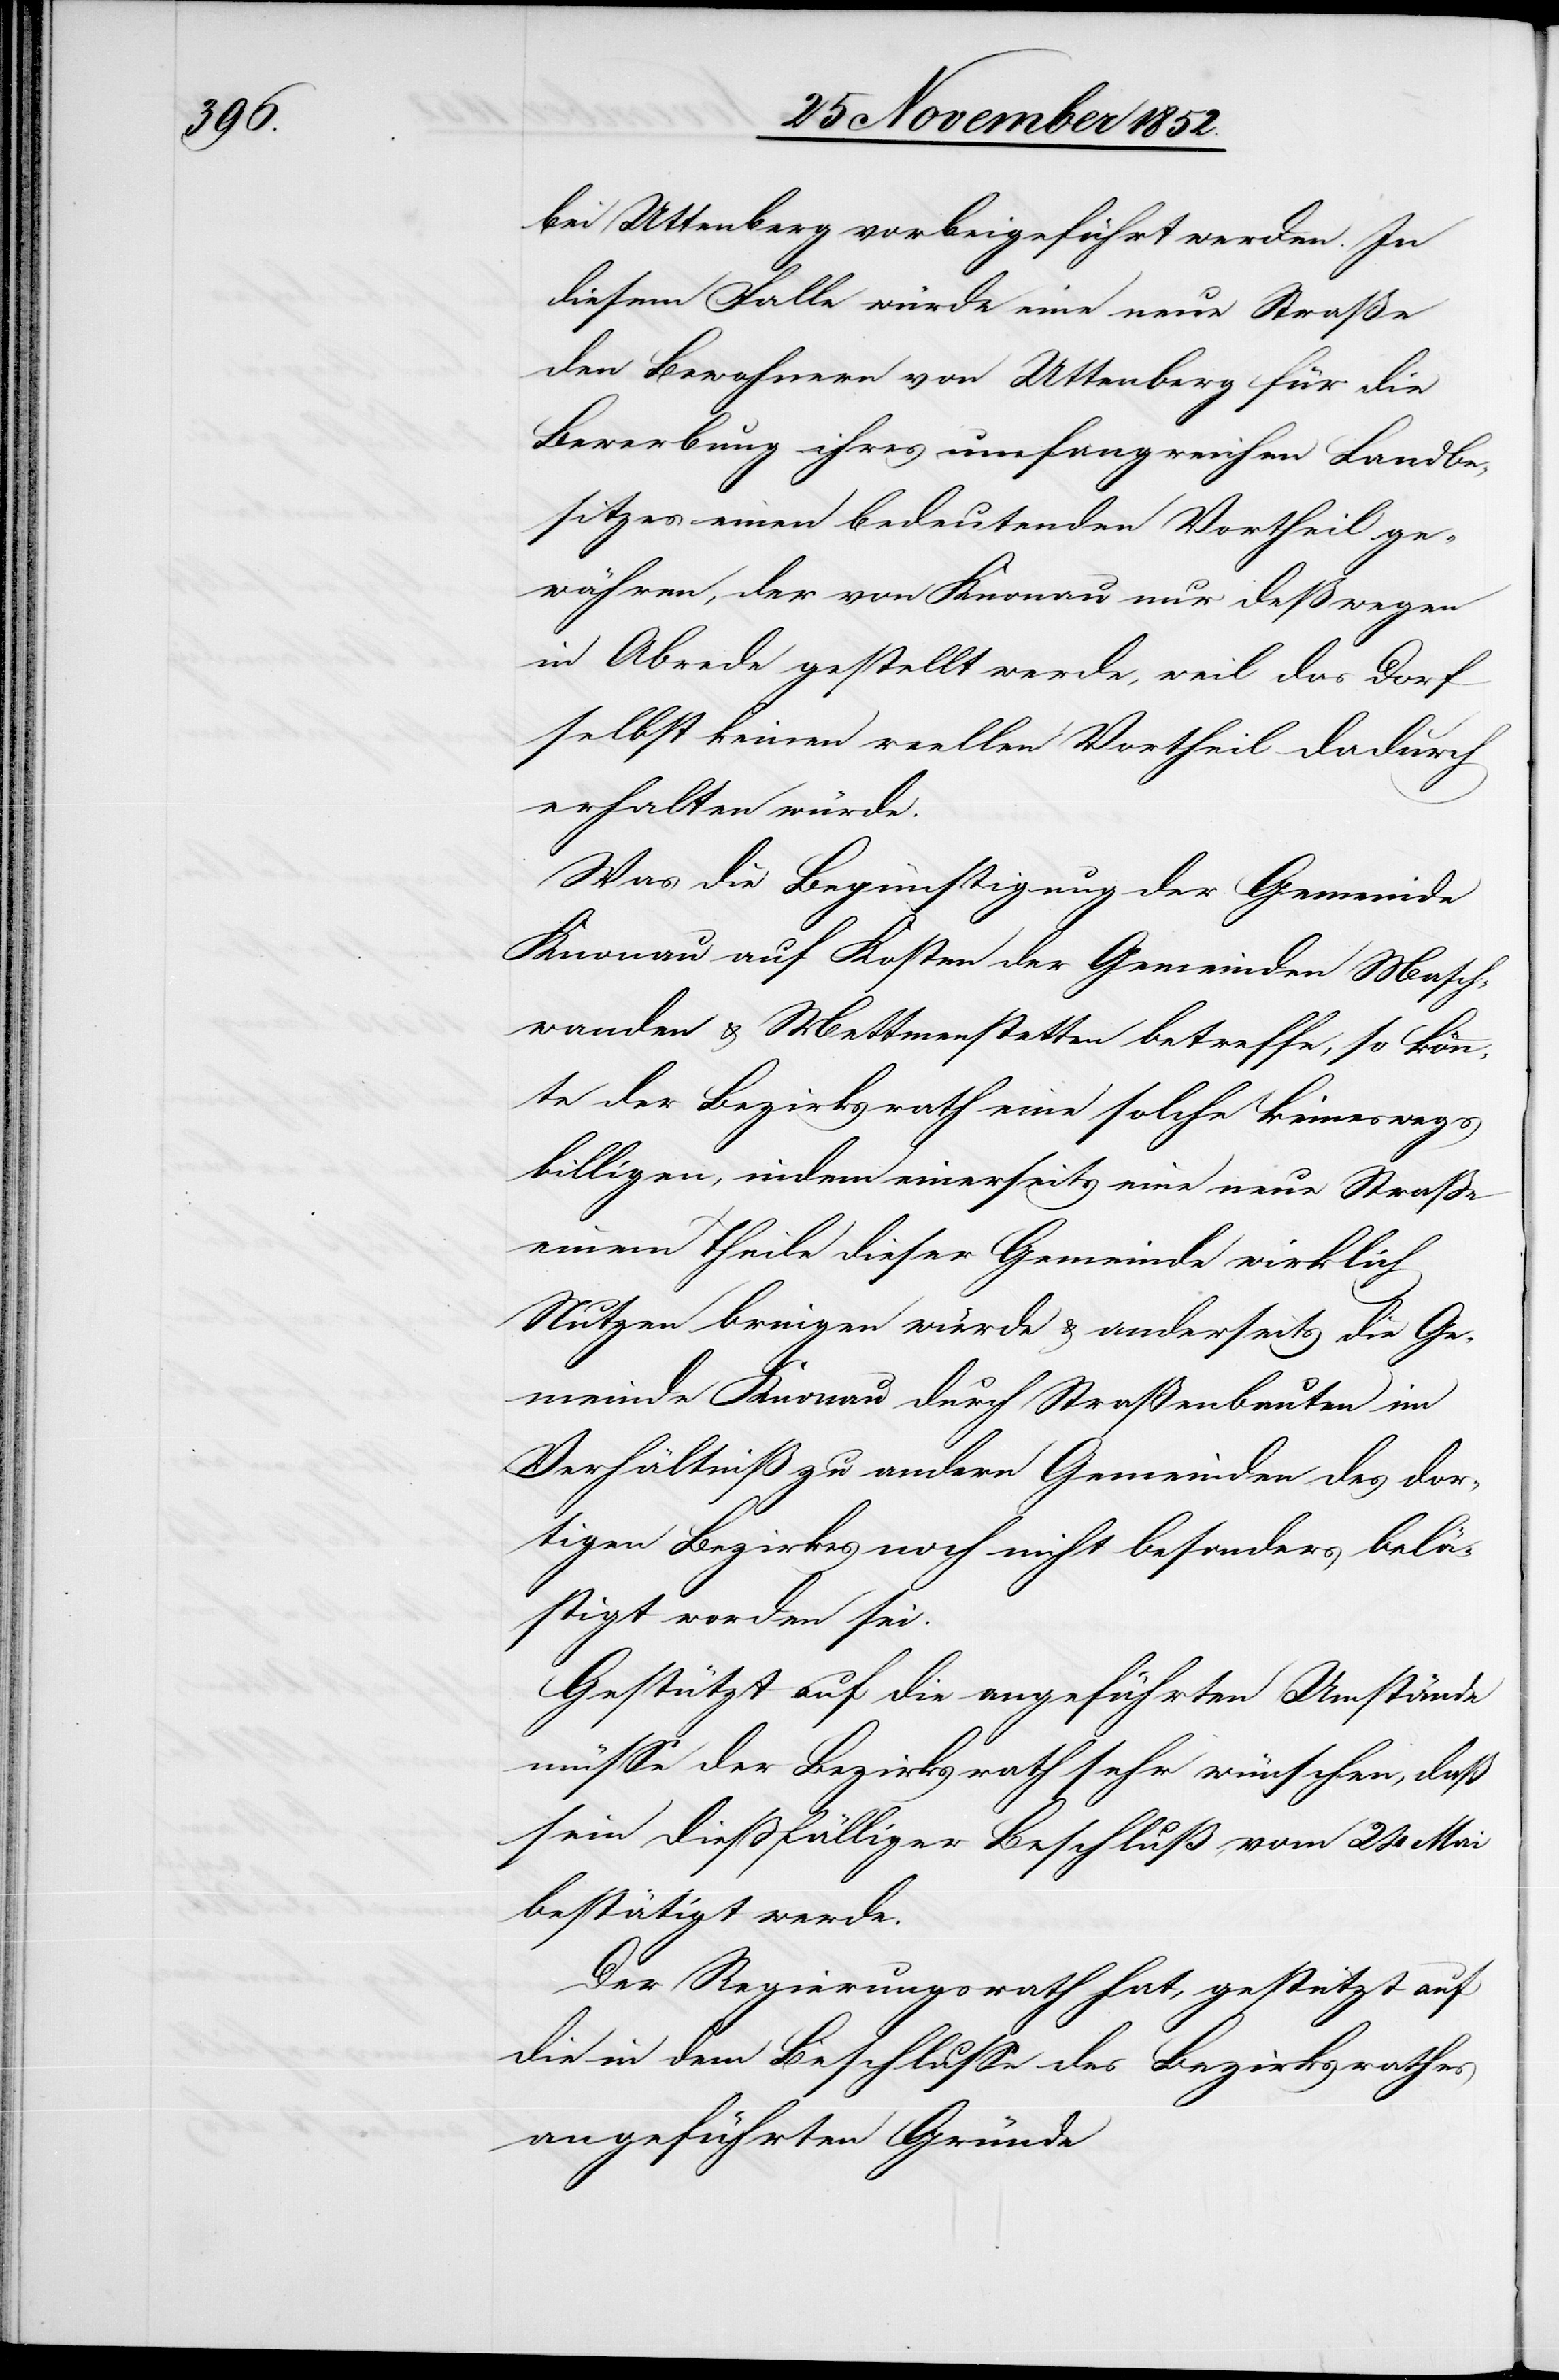
bei Uttenberg vorbeigeführt werden. In
diesem Falle würde eine neue Straße
den Bewohnern von Uttenberg für die
Bewerbung ihres umfangreichen Landbe¬
sitzes einen bedeutenden Vortheil ge¬
währen, der von Knonau nur deßwegen
in Abrede gestellt werde, weil das Dorf
selbst keinen reellen Vortheil dadurch
erhalten würde.
Was die Begünstigung der Gemeinde
Knonau auf Kosten der Gemeinden Masch¬
wanden & Mettmenstetten betreffe, so könn¬
te der Bezirksrath eine solche keineswegs
billigen, indem einerseits eine neue Straße
einem Theile dieser Gemeinde wirklich
Nutzen bringen würde & anderseits die Ge¬
meinde Knonau durch Straßenbauten im
Verhältniß zu andern Gemeinden des dor¬
tigen Bezirkes noch nicht besonders belä¬
stigt worden sei.
Gestützt auf die angeführten Umstände
müsse der Bezirksrath sehr wünschen, daß
sein dießfälliger Beschluß vom 24 Mai
bestätigt werde.
Der Regierungsrath hat, gestützt auf
die in dem Beschlusse des Bezirksrathes
angeführten Gründe